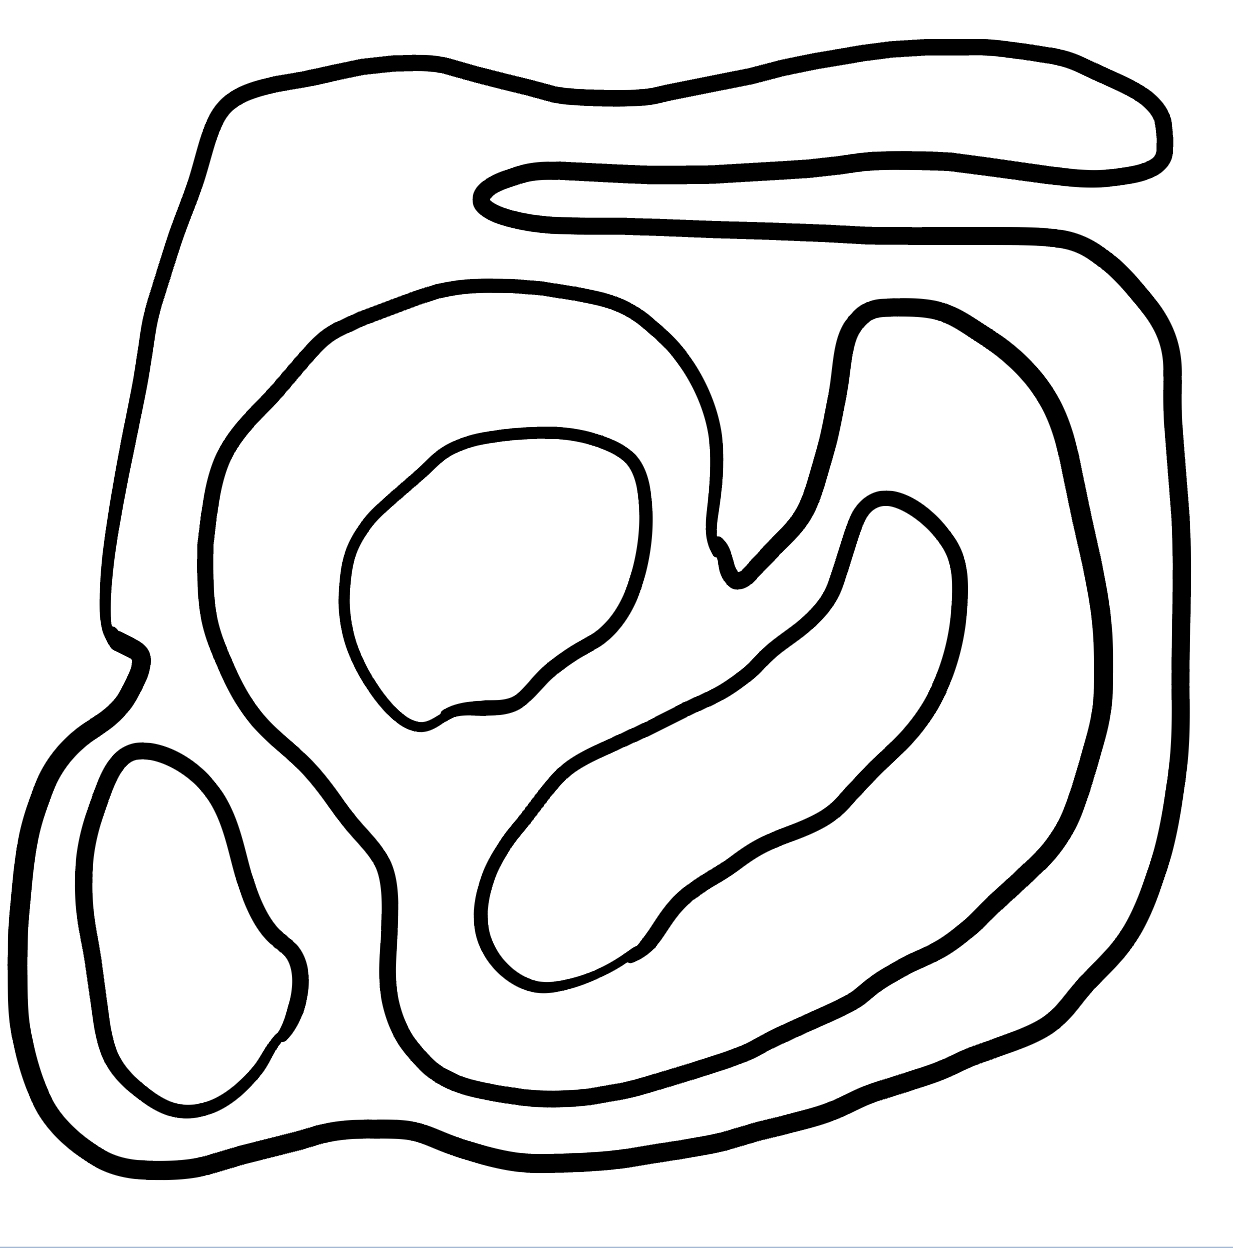
Number of regions (including the outer root region): 6
Containment tree edges (parent, child): 0, 1, 1, 2, 1, 3, 3, 4, 3, 5